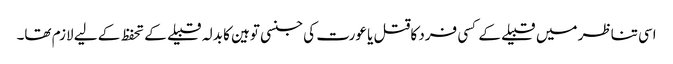
اسی تناظر میں قبیلے کے کسی فرد کاقتل یا عورت کی جنسی توہین کا بدلہ قبیلے کے تحفظ کے لیے لازم تھا۔